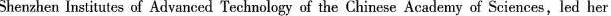
Shenzhen Institutes of Advanced Technology of the Chinese Academy of Sciences,led her